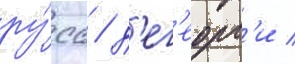
ру́сс / д'ег'еорг'и /